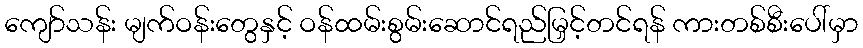
ကျော်သန်း မျက်ဝန်းတွေနှင့် ဝန်ထမ်းစွမ်းဆောင်ရည်မြှင့်တင်ရန် ကားတစ်စီးပေါ်မှာ